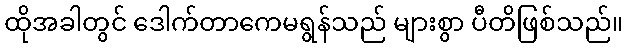
ထိုအခါတွင် ဒေါက်တာကေမရွန်သည် များစွာ ပီတိဖြစ်သည်။